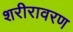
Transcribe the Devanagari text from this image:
शरीरावरण